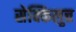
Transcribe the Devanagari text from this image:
सेक्किलुत्त